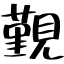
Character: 覲